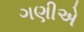
ગણીએ